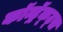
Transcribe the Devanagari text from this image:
कॉन्ट्रॅक्ट्स